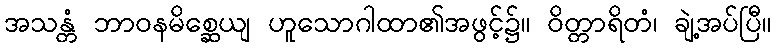
အသန္တံ ဘာဝနမိစ္ဆေယျ ဟူသောဂါထာ၏အဖွင့်၌။ ဝိတ္တာရိတံ၊ ချဲ့အပ်ပြီ။